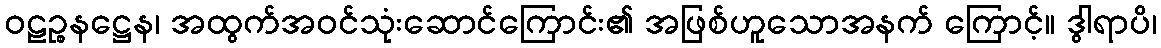
ဝဠဉ္စနဋ္ဌေန၊ အထွက်အဝင်သုံးဆောင်ကြောင်း၏ အဖြစ်ဟူသောအနက် ကြောင့်။ ဒွါရာပိ၊